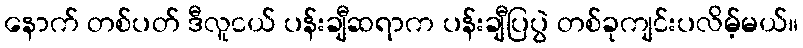
နောက် တစ်ပတ် ဒီလူငယ် ပန်းချီဆရာက ပန်းချီပြပွဲ တစ်ခုကျင်းပလိမ့်မယ်။